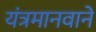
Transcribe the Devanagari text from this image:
यंत्रमानवाने